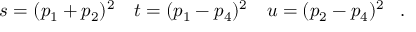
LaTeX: \begin{array} { l l l } { { s = ( p _ { 1 } + p _ { 2 } ) ^ { 2 } } } & { { t = ( p _ { 1 } - p _ { 4 } ) ^ { 2 } } } & { { u = ( p _ { 2 } - p _ { 4 } ) ^ { 2 } } } \end{array} \ .